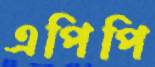
এপিপি